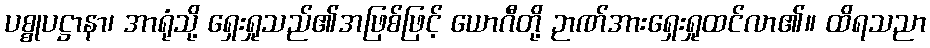
ပစ္စုပဋ္ဌာနာ၊ အာရုံသို့ ရှေးရှုသည်၏အဖြစ်ဖြင့် ယောဂီတို့ ဉာဏ်အားရှေးရှုထင်လာ၏။ ထိရသညာ